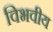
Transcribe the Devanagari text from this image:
विभवीय